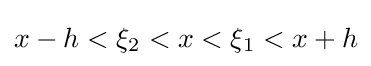
x-h<\xi _{2}<x<\xi _{1}<x+h